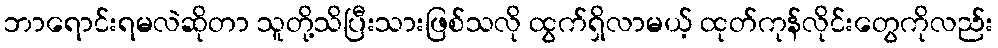
ဘာရောင်းရမလဲဆိုတာ သူတို့သိပြီးသားဖြစ်သလို ထွက်ရှိလာမယ့် ထုတ်ကုန်လိုင်းတွေကိုလည်း